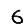
Digit: 6